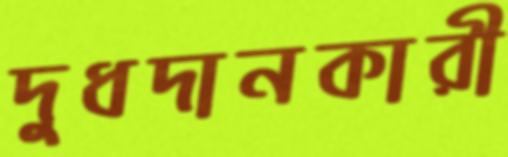
দুধদানকারী